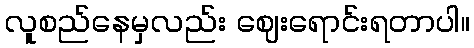
လူစည်နေမှလည်း ဈေးရောင်းရတာပါ။